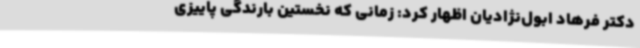
دکتر فرهاد ابول‌نژادیان اظهار کرد: زمانی که نخستین بارندگی پاییزی